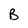
Character: B